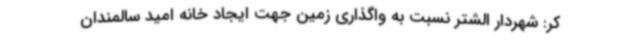
کر: شهردار الشتر نسبت به واگذاری زمین جهت ایجاد خانه امید سالمندان